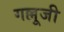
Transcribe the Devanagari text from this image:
गल्लूजी